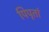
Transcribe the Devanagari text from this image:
पिपृतां